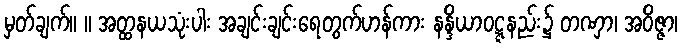
မှတ်ချက်။ ။ အတ္ထနယသုံးပါး အချင်းချင်းရေတွက်ဟန်ကား နန္ဒိယာဝဋ္ဋနည်း၌ တဏှာ၊ အဝိဇ္ဇာ၊